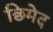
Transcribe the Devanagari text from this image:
छिमेद